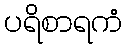
ပရိစာရကံ